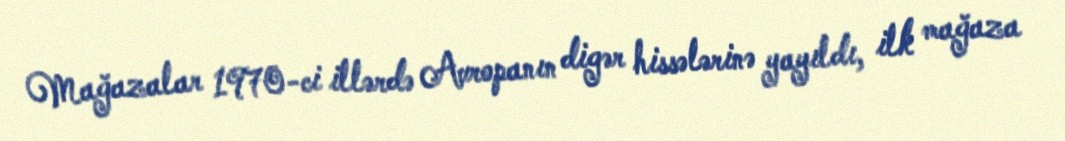
Mağazalar 1970-ci illərdə Avropanın digər hissələrinə yayıldı, ilk mağaza